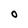
Character: O